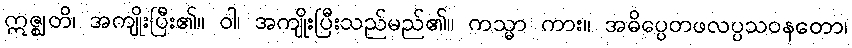
ဣဇ္ဈတိ၊ အကျိုးပြီး၏။ ဝါ၊ အကျိုးပြီးသည်မည်၏။ ကသ္မာ ကား။ အဓိပ္ပေတဖလပ္ပသဝနတော၊